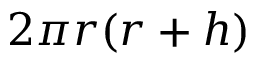
2 \pi r ( r + h ) \,